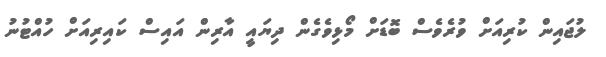
ލުޖައިން ކުރިއަށް ވުރެވެސް ބޮޑަށް މޯޅިވެގެން ދިޔައީ އާރިން އައިސް ކައިރިއަށް ހުއްޓުނު